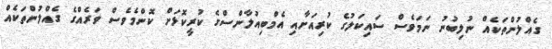
ގެއްލުންތަކެއް ނުލިބުނު ނަމަވެސް ސައިކަލުގެ ކުރިއަށާއި އެމްބިއުލާންސްގެ ކުރީކޮޅަށް ކޮންމެވެސް ވަރެއްގެ ގެއްލުންތަކެއް